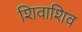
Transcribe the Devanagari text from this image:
शिवाशिव